Specificity of antivenomous sera - Number 5
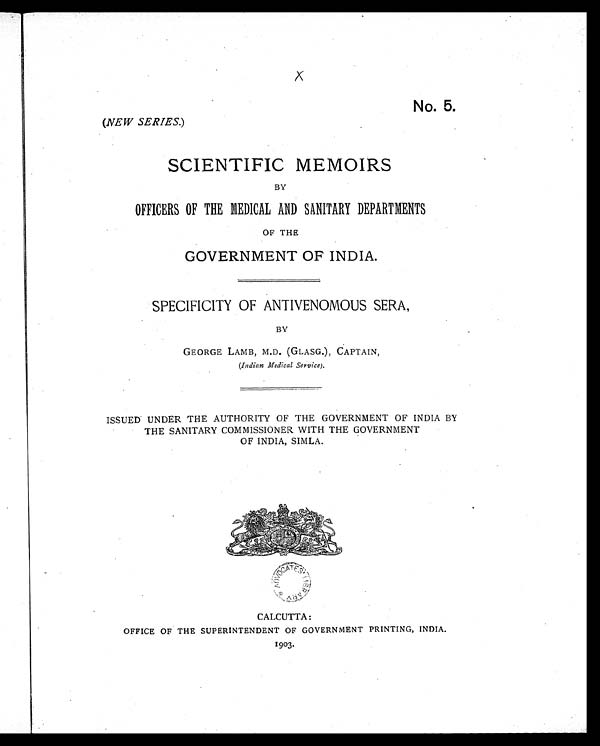
No. 5.
(NEW SERIES. )
SCIENTIFIC MEMOIRS
BY
OFFICERS OF THE MEDICAL AND SANITARY DEPARTMENTS
OF THE
GOVERNMENT OF INDIA.
SPECIFICITY OF ANTIVENOMOUS SERA,
BY
GEORGE LAMB, M.D. (GLASG.), CAPTAIN,
(Indian Medical Service ).
ISSUED UNDER THE AUTHORITY OF THE GOVERNMENT OF INDIA BY
THE SANITARY COMMISSIONER WITH THE GOVERNMENT
OF INDIA, SIMLA.
CALCUTTA:
OFFICE OF THE SUPERINTENDENT OF GOVERNMENT PRINTING, INDIA.
1903.